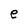
Character: e